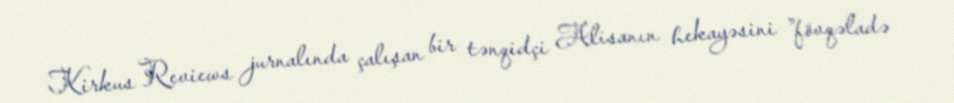
Kirkus Reviews jurnalında çalışan bir tənqidçi Alisanın hekayəsini "fövqəladə